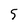
Character: 5